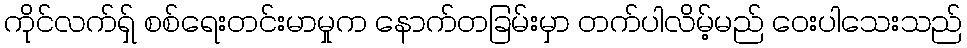
ကိုင်လက်ရှ် စစ်ရေးတင်းမာမှုက နောက်တခြမ်းမှာ တက်ပါလိမ့်မည် ဝေးပါသေးသည်